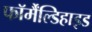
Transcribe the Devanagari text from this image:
फॉर्मैंल्डिहाइड